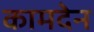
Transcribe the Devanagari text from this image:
कामदेन